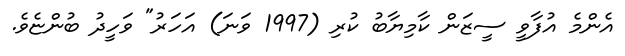
އެންމެ އުފާވީ ސީޒަން ކާމިޔާބު ކުރި (1997 ވަނަ) އަހަރު" ވަހީދު ބުންޏެވެ.